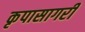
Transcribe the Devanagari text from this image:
कृपासागरी